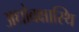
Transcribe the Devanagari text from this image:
अधोवक्षास्थि